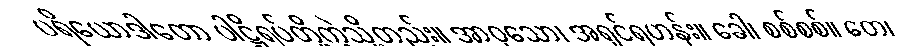
ပရိယောဒါတော ပါဋ္ဌိရပ်တို့ကဲ့သို့တည်း။ အာဝုသော၊ အရှင်ရဟန်း။ ခေါ၊ စစ်စစ်။ တေ၊